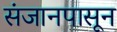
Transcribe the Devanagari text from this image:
संजानपासून